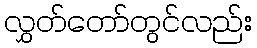
လွှတ်တော်တွင်လည်း